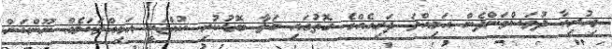
މިހުރިހާ ދުވަސްވަންދެން އަމިއްލަ ދަރިއެއްގެ ގޮތުގައި ބަލާ ބޮޑުކުރި ކުއްޖަކީ އަމިއްލަކަމެއް ނޫންކަން